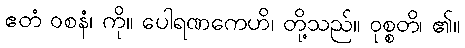
ဧတံ ဝစနံ၊ ကို။ ပေါရဏကေဟိ၊ တို့သည်။ ဝုစ္စတိ၊ ၏။